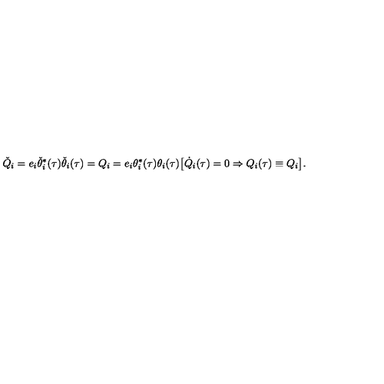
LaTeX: { \check { Q } } _ { i } = e _ { i } \check { \theta } _ { i } ^ { \ast } ( \tau ) \check { \theta } _ { i } ( \tau ) = Q _ { i } = e _ { i } \theta _ { i } ^ { \ast } ( \tau ) \theta _ { i } ( \tau ) \big [ \dot { Q } _ { i } ( \tau ) = 0 \Rightarrow Q _ { i } ( \tau ) \equiv Q _ { i } \big ] .